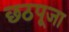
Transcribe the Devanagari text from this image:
छठपूजा